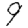
Digit: 9